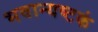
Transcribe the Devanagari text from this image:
भवान्यष्टकं